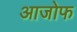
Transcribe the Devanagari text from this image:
आजोफ